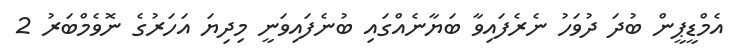
އެމްޑީޕީން ބުދަ ދުވަހު ނެރެފައިވާ ބަޔާނެއްގައި ބުނެފައިވަނީ މިދިޔަ އަހަރުގެ ނޮވެމްބަރު 2